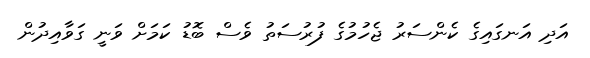
އަދި އަނގައިގެ ކެންސަރު ޖެހުމުގެ ފުރުސަތު ވެސް ބޮޑު ކަމަށް ވަނީ ގަވާއިދުން